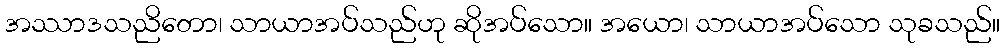
အဿာဒသညိတော၊ သာယာအပ်သည်ဟု ဆိုအပ်သော။ အယော၊ သာယာအပ်သော သုခသည်။